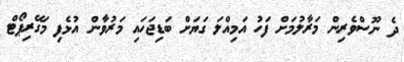
ދެ ނޫސްވެރިން މަރާލުމަށް ފަހު އަމިއްލަ ގަޔަަށް ބަޑިޖަހައި މަރުވާން އުޅެފި މަގޭރިޕޯޓް